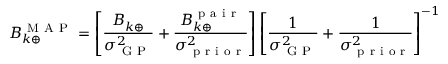
B _ { k \oplus } ^ { \mathrm { ~ M ~ A ~ P ~ } } = \left[ \frac { B _ { k \oplus } ^ { \bigstar } } { \sigma _ { \mathrm { ~ G ~ P ~ } } ^ { 2 } } + \frac { B _ { k \oplus } ^ { \mathrm { ~ p ~ a ~ i ~ r ~ } } } { \sigma _ { \mathrm { ~ p ~ r ~ i ~ o ~ r ~ } } ^ { 2 } } \right] \left[ \frac { 1 } { \sigma _ { \mathrm { ~ G ~ P ~ } } ^ { 2 } } + \frac { 1 } { \sigma _ { \mathrm { ~ p ~ r ~ i ~ o ~ r ~ } } ^ { 2 } } \right] ^ { - 1 }